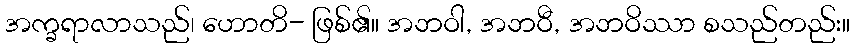
အက္ခရာလာသည်၊ ဟောတိ- ဖြစ်၏။ အဘဝါ, အဘဝီ, အဘဝိဿာ စသည်တည်း။